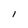
Character: l